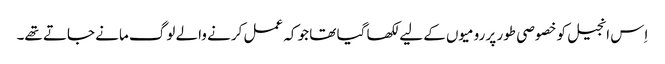
اِس انجیل کو خصوصی طور پر رومیوں کے لیے لکھا گیا تھا جو کہ عمل کرنے والے لوگ مانے جاتے تھے۔